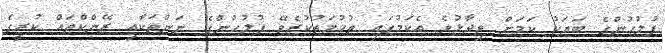
ފުލުހުންގެ ބަޔަކު ކަމަށް ވިދާޅުވެ އެކަމުގައި ތުހުމަތުކުރެވޭ ފުލުުހުންގެ ނަންތަކާއި ރޭންކްތައް ކުރީގެ